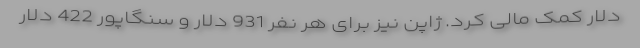
دلار کمک مالی کرد. ژاپن نیز برای هر نفر 931 دلار و سنگاپور 422 دلار